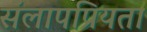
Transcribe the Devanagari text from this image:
संलापप्रियता